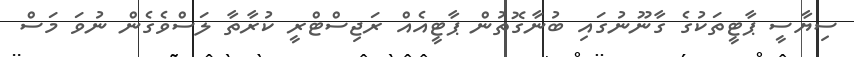
ސިޔާސީ ޕާޓީތަކުގެ ގާނޫނުގައި ބުނާގޮތުން ޕާޓީއެއް ރަޖިސްޓްރީ ކުރާތާ ލަސްވެގެން ނުވަ މަސް